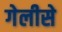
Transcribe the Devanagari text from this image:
गेलीसे